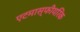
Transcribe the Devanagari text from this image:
एटमास्फीयरिक